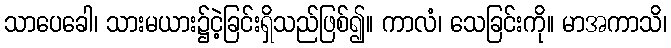
သာပေခေါ၊ သားမယား၌ငဲ့ခြင်းရှိသည်ဖြစ်၍။ ကာလံ၊ သေခြင်းကို။ မာအကာသိ၊